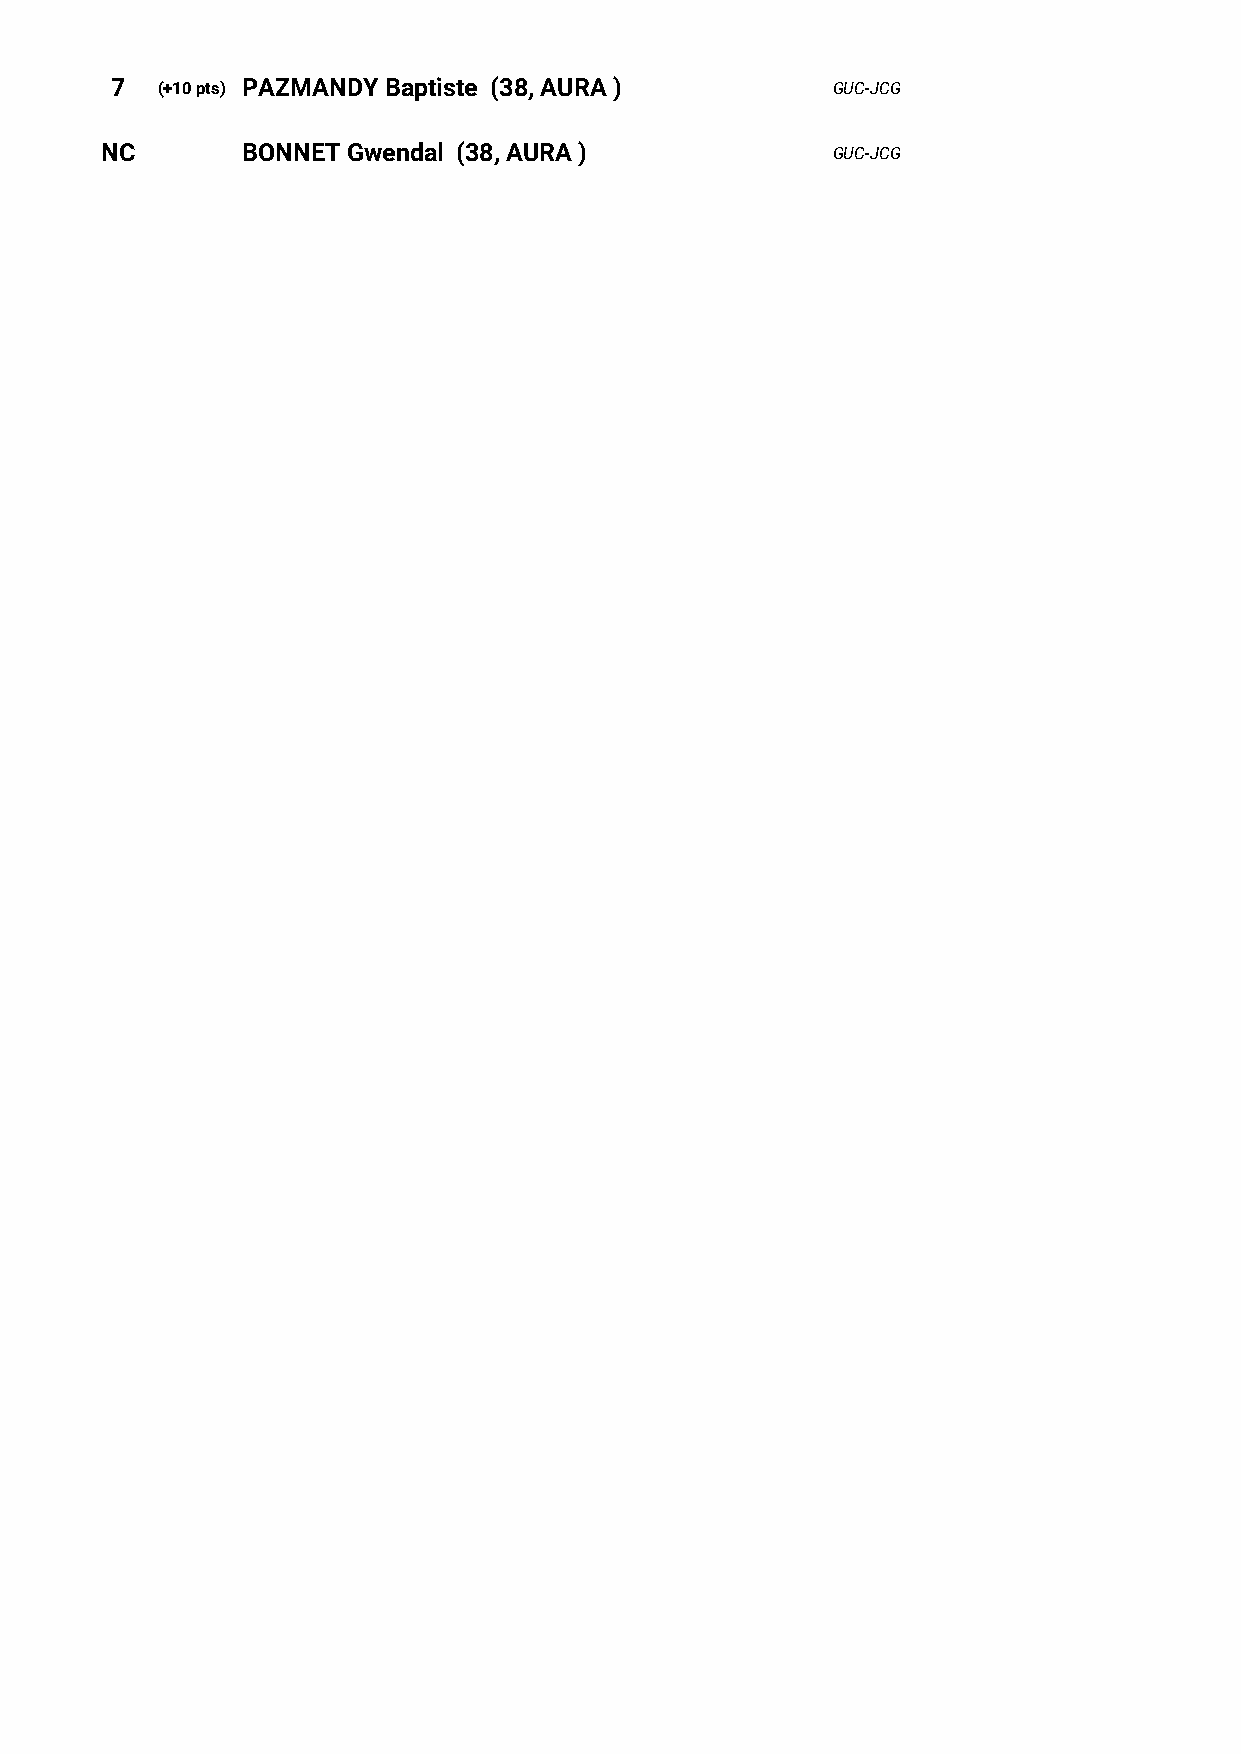
7  (+10 pts) PAZMANDY Baptiste (38, AURA )      GUC-JCG
 NC       BONNET Gwendal (38, AURA )             GUC-JCG